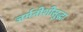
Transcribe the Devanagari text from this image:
जर्मनीशीसुद्धा